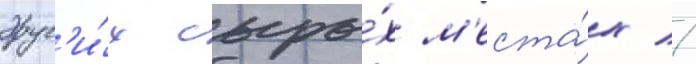
друг'и́х сыры́х м'еста́х //